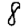
Digit: 8